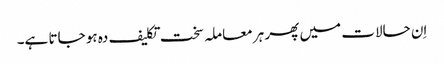
اِن حالات میں پھر ہر معاملہ سخت تکلیف دہ ہو جاتا ہے۔